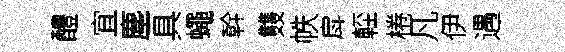
醴宜塵具蠅幹䨇帙戽䡖棬凡伊遇